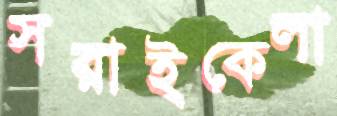
সরাইকেলা